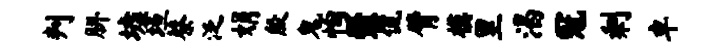
判胼墟垣蔡泛娟殷鬼恂爨侃臂模里渴冠剩卓